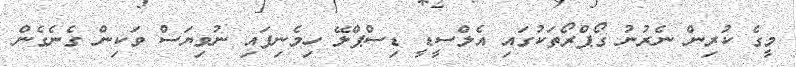
މީގެ ކުރިން ނެރުނު ގޯޕްރޯތަކުގައި އެލްސީޑީ ޑިސްޕްލޭ ހިމެނިފައި ނުވިޔަސް ވަކިން ގެނެގެން